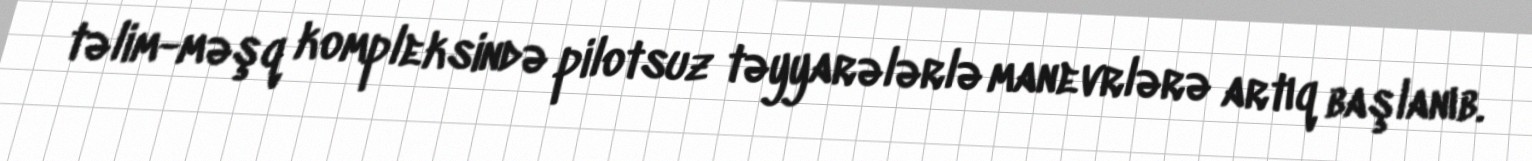
təlim-məşq kompleksində pilotsuz təyyarələrlə manevrlərə artıq başlanıb.